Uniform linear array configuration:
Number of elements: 12
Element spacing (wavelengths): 0.5
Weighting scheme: kaiser
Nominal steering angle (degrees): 45
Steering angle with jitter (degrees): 44.892
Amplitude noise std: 0.05
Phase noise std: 0.05

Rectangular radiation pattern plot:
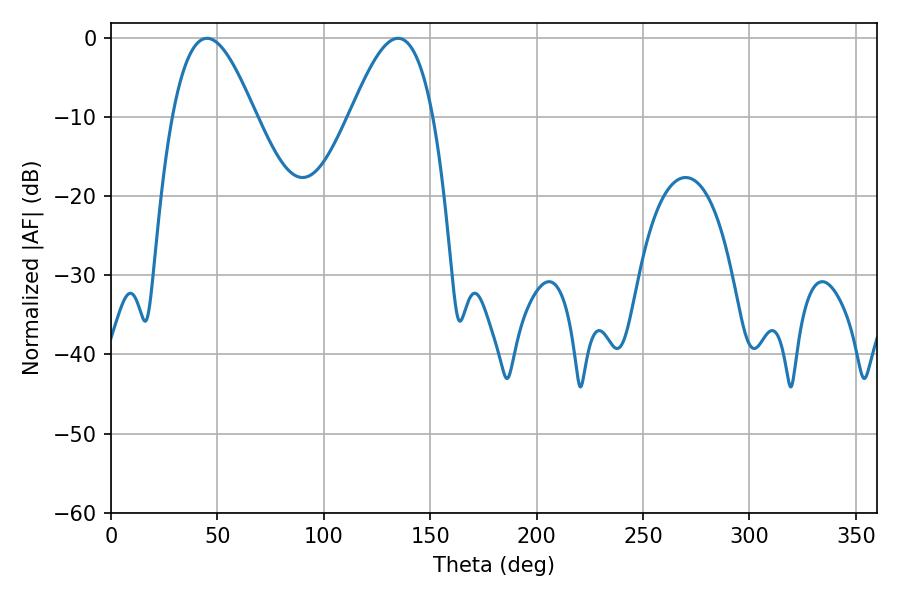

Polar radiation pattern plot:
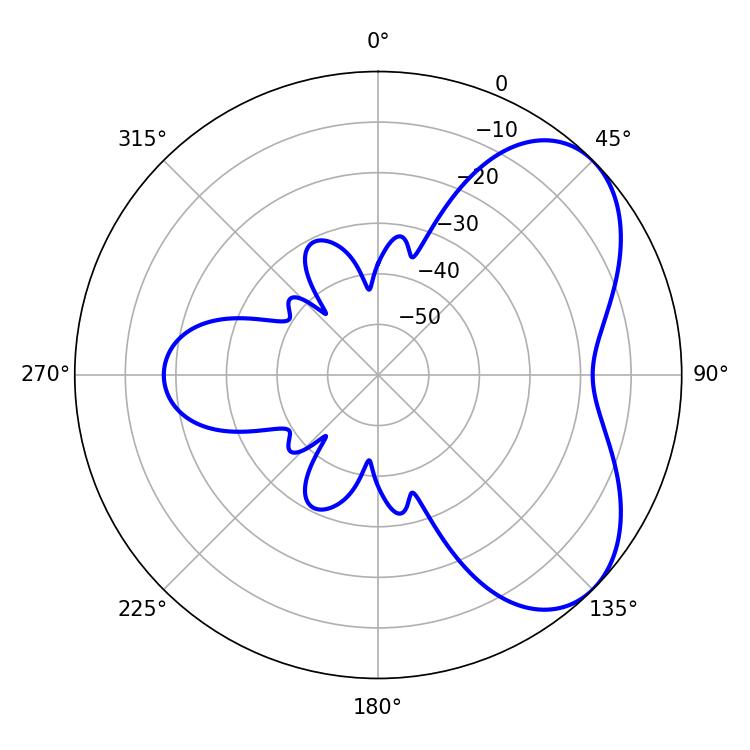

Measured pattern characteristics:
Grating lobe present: FALSE
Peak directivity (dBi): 5.336
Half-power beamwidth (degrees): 21.06
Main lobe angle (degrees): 45.18